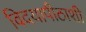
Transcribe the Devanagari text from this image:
विदयापीठाशी